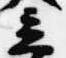
立